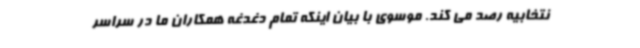
نتخابیه رصد می کند. موسوی با بیان اینکه تمام دغدغه همکاران ما در سراسر